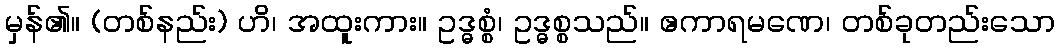
မှန်၏။ (တစ်နည်း) ဟိ၊ အထူးကား။ ဥဒ္ဓစ္စံ၊ ဥဒ္ဓစ္စသည်။ ဧကာရမဏေ၊ တစ်ခုတည်းသော